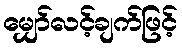
မျှော်လင့်ချက်ဖြင့်